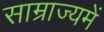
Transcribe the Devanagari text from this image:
साम्राज्यमें